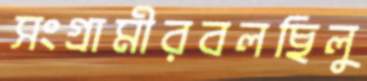
সংগ্রামীরবলছিলু